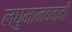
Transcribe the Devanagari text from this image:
लघुमानववादी